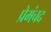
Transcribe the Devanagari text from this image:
प्रेमंचद